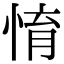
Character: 㥔